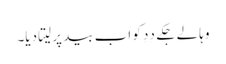
وہا لے جکے دِدِ کو اَب بید پر لیتا دِیا۔